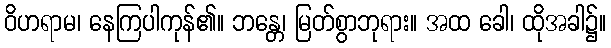
ဝိဟရာမ၊ နေကြပါကုန်၏။ ဘန္တေ၊ မြတ်စွာဘုရား။ အထ ခေါ၊ ထိုအခါ၌။